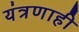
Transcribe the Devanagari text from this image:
यंत्रणाही